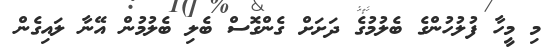
މި މީހާ ފުލުހުންގެ ބެލުމުގެ ދަށަށް ގެންގޮސް ބެލި ބެލުމުން އޭނާ ލައިގެން